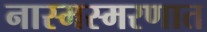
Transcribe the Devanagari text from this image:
नास्मस्मरणात